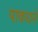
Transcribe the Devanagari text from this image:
पाकधने